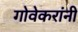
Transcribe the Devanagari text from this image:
गोवेकरांनी